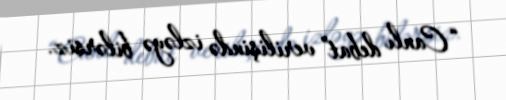
“Canlı debat” verilişində izləyə bilərsiz.